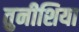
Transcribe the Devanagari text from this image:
तुनीशिया